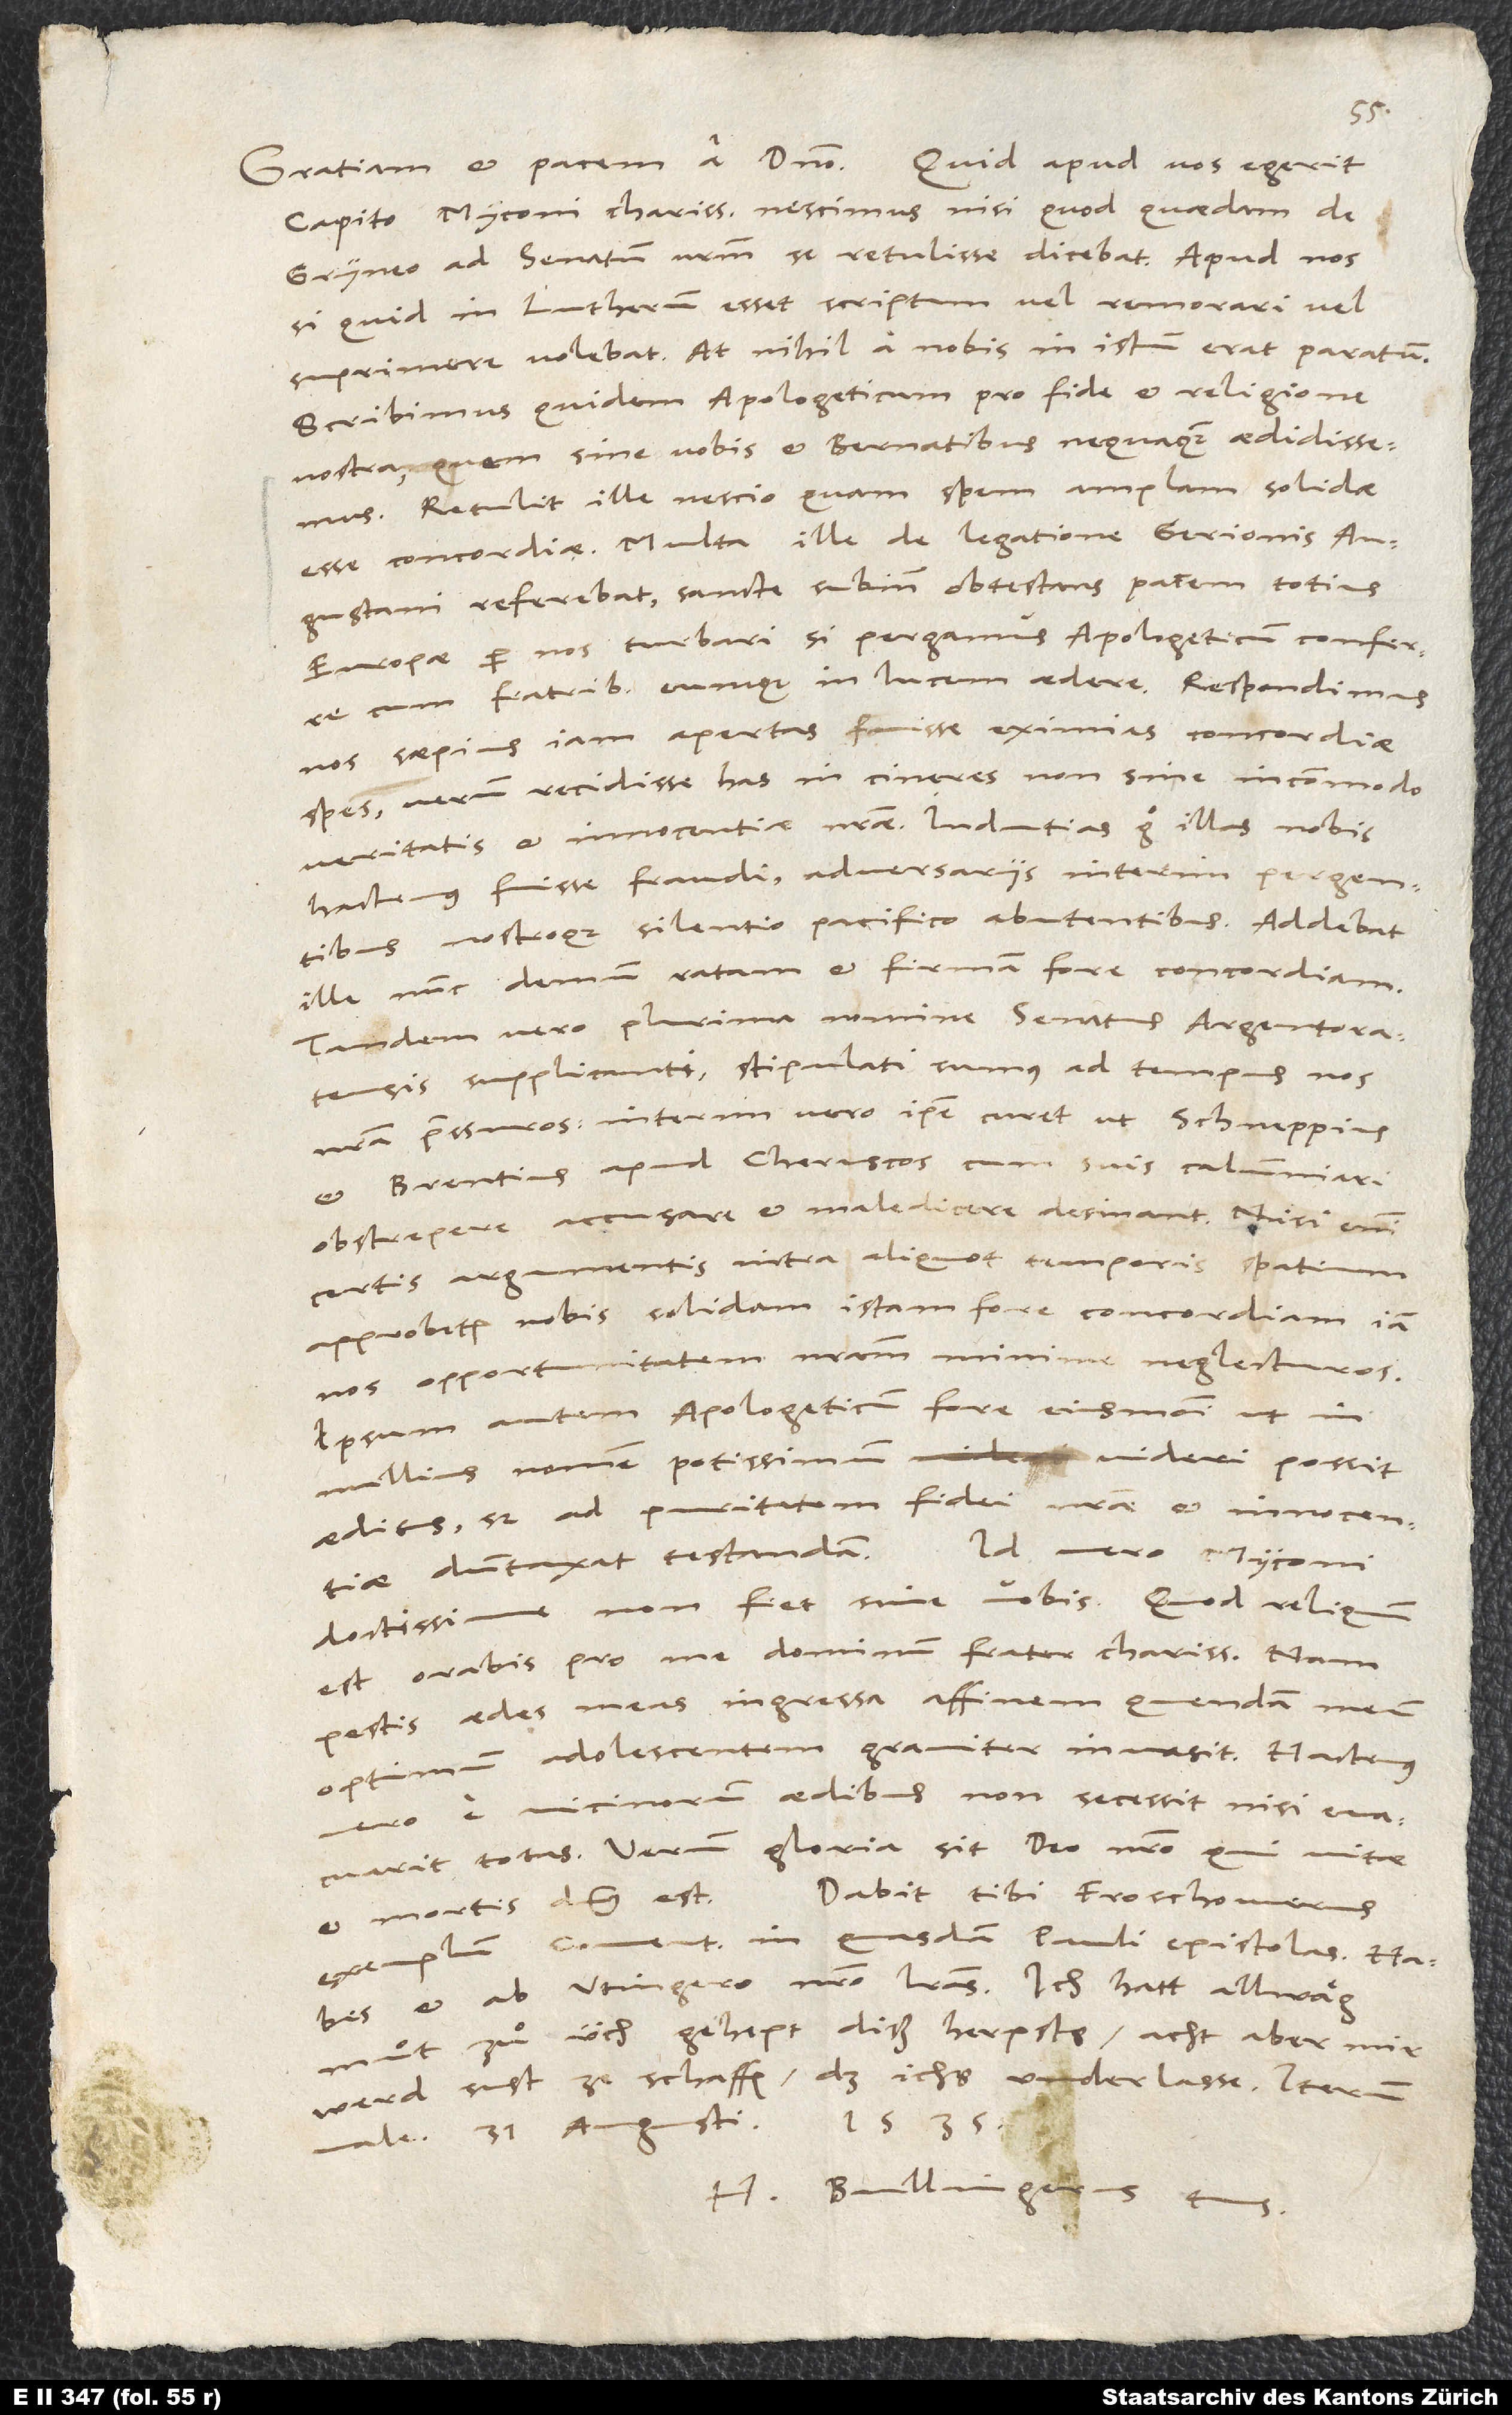
Gratiam et pacem a domino. Quid apud vos egerit
Capito, Myconi charissime, nescimus, nisi quod quaedam de
Gryneo ad senatum vestrum se retulisse dicebat. Apud nos,
si quid in Lutherum esset scriptum, vel remorari vel
suprimere volebat, at nihil a nobis in istum erat paratum.
Scribimus quidem Apologeticum pro fide et religione
nostra, quem sine vobis et Bernatibus nequaquam aedidissemus.
Retulit ille nescio quam spem amplam solidae
esse concordiae. Multa ille de legatione Gerionis
Augustani referebat sancte subinde obtestans pacem totius
Europae per nos turbari, si pergamus Apologeticum conferre
cum fratribus eumque in lucem aedere. Respondimus
nos saepius iam apertas fuisse eximias concordiae
spes, verum recidisse has in cineres non sine incommodo
veritatis et innocentiae nostrae. Indutias ergo illas nobis
hactenus fuisse fraudi adversariis interim pergentibus
nostroque silentio pacifico abutentibus. Addebat
ille nunc demum ratam et firmam fore concordiam.
Tandem vero plurima nomine senatus Argentoratensis
supplicanti stipulati sumus ad tempus nos
nostra pressuros, interim vero ipse curet, ut, Schneppius
et Brentius apud Cheruscos cum suis calumniari,
obstrepere, accusare et maledicere desinant. Nisi enim
certis argumentis intra aliquot temporis spatium
approbetur nobis solidam istam fore concordiam, iam
nos opportunitatem nostram minime neglecturos.
Ipsum autem Apologeticum fore eiusmodi, ut in
nullius nomen potissimum videri possit
aeditus, sed ad puritatem fidei nostrae et innocentiae
dumtaxat testandam. Id vero, Myconi
est, orabis pro me dominum, frater charissime; nam
pestis aedes meas ingressa affinem quendam meum,
optimum adolescentem, graviter invasit. Hactenus
vero e vicinorum aedibus non secessit, nisi evacuarit
totas. Verum gloria sit deo nostro, qui vitae
exemplum Comentarii in quasdam Pauli epistolas. Habes
muͦt zuͦ üch gehept diß herpsts, acht aber, mir
werd sust ze schaffen, daß ichs underlasse.
31. augusti 1535.
H. Bullingerus tuus.